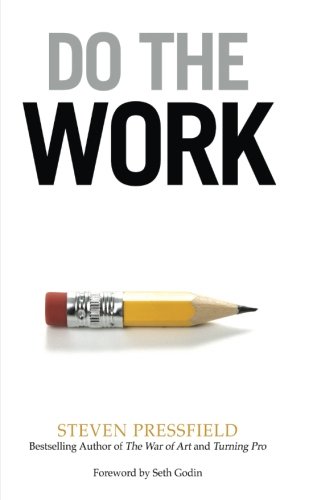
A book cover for Do the Work: Overcome Resistance and Get Out of Your Own Way; Steven Pressfield; Self-Help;